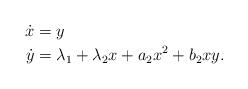
LaTeX: \begin{align*}\dot{x}&=y \\\dot{y}&=\lambda_1+\lambda_2 x+a_2 x^2+b_2 x y. \end{align*}